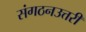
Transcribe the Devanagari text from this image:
संगठनउत्तरी